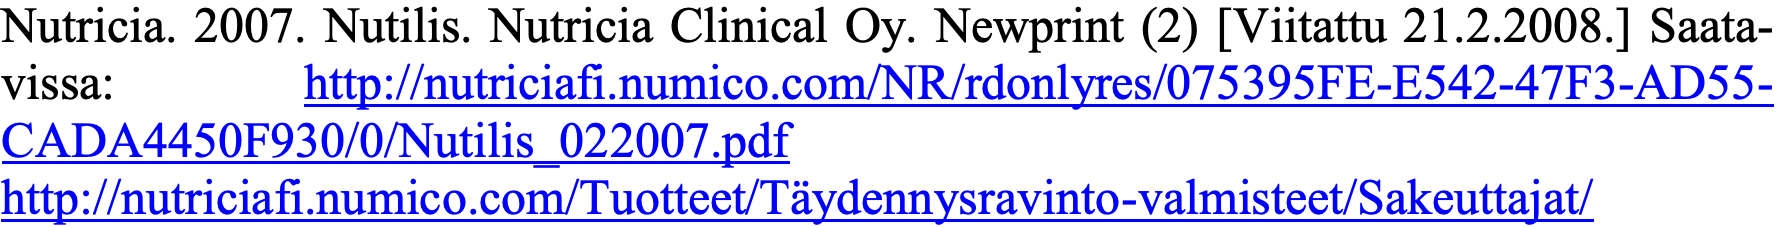
Nutricia. 2007. Nutilis. Nutricia Clinical Oy. Newprint (2) [Viitattu 21.2.2008.] Saata- vissa:    http://nutriciafi.numico.com/NR/rdonlyres/075395FE-E542-47F3-AD55- CADA4450F930/0/Nutilis_022007.pdf http://nutriciafi.numico.com/Tuotteet/Täydennysravinto-valmisteet/Sakeuttajat/